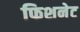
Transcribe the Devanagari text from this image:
फिशनेट